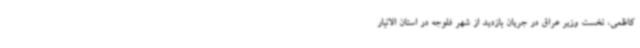
کاظمی، نخست وزیر عراق در جریان بازدید از شهر فلوجه در استان الانبار